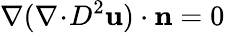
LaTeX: \nabla(\nabla\! \cdot\! D^{2}\mathbf{u})\cdot\mathbf{n}=0